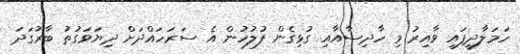
ހަމަލާދީފައި ވާއިރު މި ހާދިސާއާއި ގުޅިގެން ފުލުހުން އެ ސަރަހައްދަށް ދިޔަވަގުތު ބާރުގަދަ